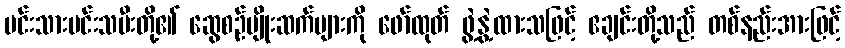
မင်းသားမင်းသမီးတို့၏ ဆွေစဉ်မျိုးဆက်များကို ဖော်ထုတ် ဖွဲ့နွဲ့ထားသဖြင့် ဧချင်းတို့သည် တစ်နည်းအားဖြင့်